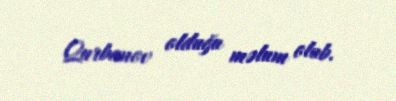
Qurbanov olduğu məlum olub.